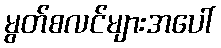
မွတ်စလင်များအပေါ်